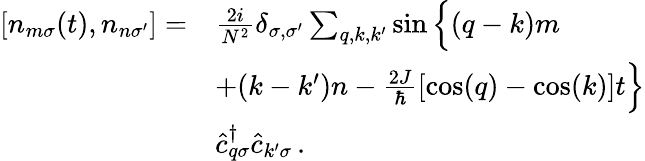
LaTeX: \begin{array}{rl}{\left[n_{m\sigma}(t),n_{n\sigma^{\prime}}\right]=}&{\frac{2i}{N^{2}}\delta_{\sigma,\sigma^{\prime}}\sum_{q,k,k^{\prime}}\sin\Big\{ (q-k)m}\\ &{+(k-k^{\prime})n-\frac{2J}{\hbar}\left[\cos(q)-\cos(k)\right]t\Big\} }\\ &{\hat{c}_{q\sigma}^{\dagger}\hat{c}_{k^{\prime}\sigma}\, .}\end{array}